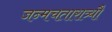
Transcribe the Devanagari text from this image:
जन्मचतारात्र्यौ